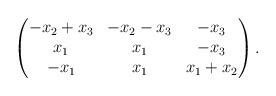
LaTeX: \begin{align*}\begin{pmatrix}-x_2 + x_3 & -x_2-x_3 & -x_3 \\x_1 & x_1 & -x_3\\-x_1 & x_1 & x_1+x_2\end{pmatrix}.\end{align*}